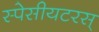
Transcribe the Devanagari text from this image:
स्पेसीयटरस्